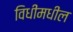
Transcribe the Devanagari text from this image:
विधींमधील